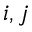
i , j